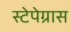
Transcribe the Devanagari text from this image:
स्टेपेग्रास